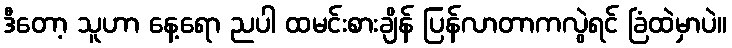
ဒီတော့ သူဟာ နေ့ရော ညပါ ထမင်းစားချိန် ပြန်လာတာကလွဲရင် ခြံထဲမှာပဲ။